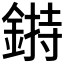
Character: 𨨲